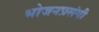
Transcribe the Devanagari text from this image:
भोजनप्रसंगी